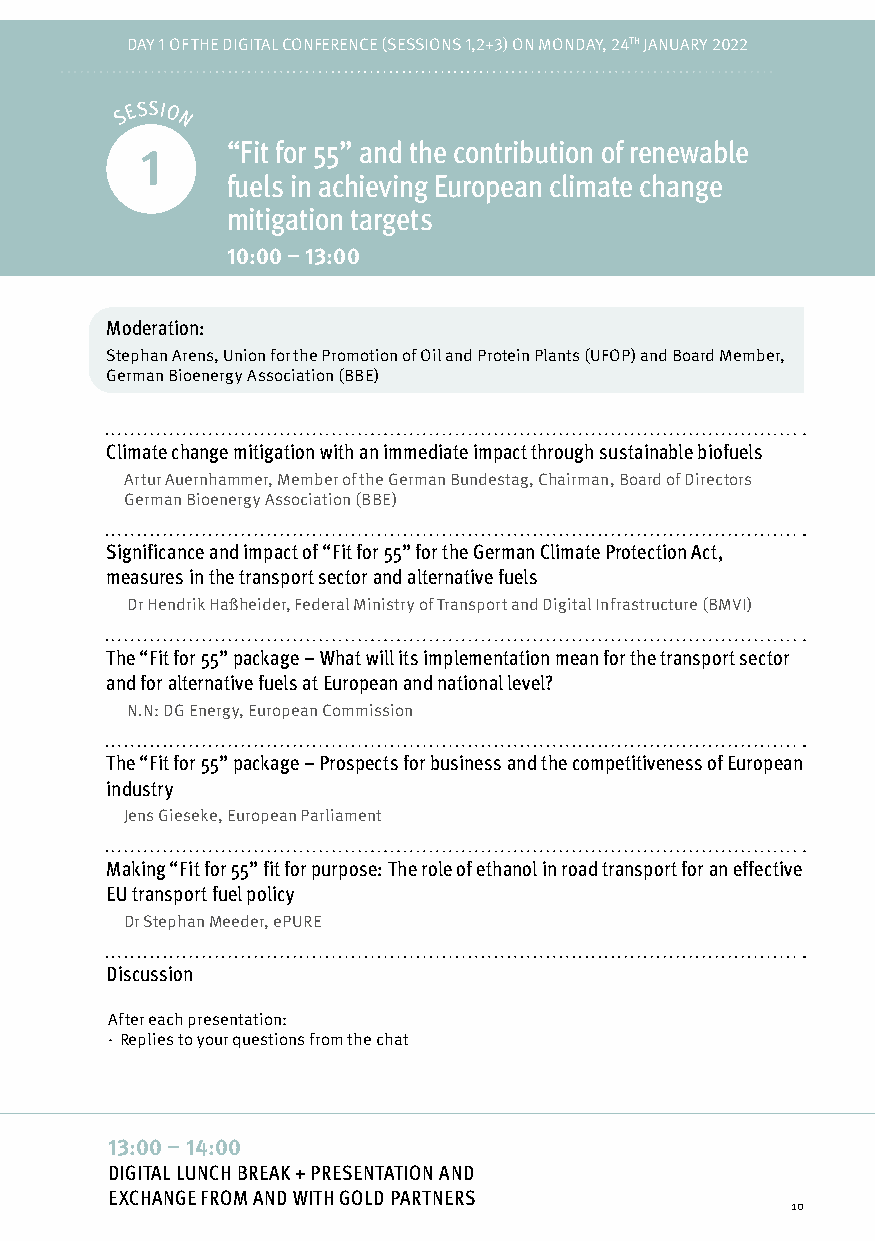
DAY 1 OF THE DIGITAL CONFERENPCREO (GSREASMSIMOÜNBSE 1R,2S+IC3)H OTN MONDAY, 24TH JANUARY 2022
 S E SSIO
 N
 “Fit for 55” and the contribution of renewable
 1
 fuels in achieving European climate change
 mitigation targets
 10:00 – 13:00
 Moderation:
 Stephan Arens, Union for the Promotion of Oil and Protein Plants (UFOP) and Board Member,
 German Bioenergy Association (BBE)
 Climate change mitigation with an immediate impact through sustainable biofuels
 Artur Auernhammer, Member of the German Bundestag, Chairman, Board of Directors
 German Bioenergy Association (BBE)
 Significance and impact of “Fit for 55” for the German Climate Protection Act,
 measures in the transport sector and alternative fuels
 Dr Hendrik Haßheider, Federal Ministry of Transport and Digital Infrastructure (BMVI)
 The “Fit for 55” package – What will its implementation mean for the transport sector
 and for alternative fuels at European and national level?
 N.N: DG Energy, European Commission
 The “Fit for 55” package – Prospects for business and the competitiveness of European
 industry
 Jens Gieseke, European Parliament
 Making “Fit for 55” fit for purpose: The role of ethanol in road transport for an effective
 EU transport fuel policy
 Dr Stephan Meeder, ePURE
 Discussion
 After each presentation:
 · Replies to your questions from the chat
 13:00 – 14:00
 DIGITAL LUNCH BREAK + PRESENTATION AND
 EXCHANGE FROM AND WITH GOLD PARTNERS
 10